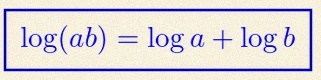
\log(ab)=\log a+\log b